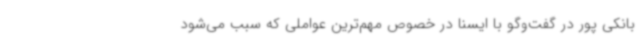
بانکی پور در گفت‌وگو با ایسنا در خصوص مهم‌ترین عواملی که سبب می‌شود